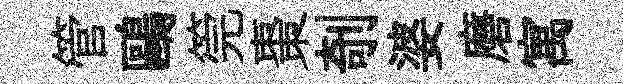
管鷗筦棗剞婆磨寓